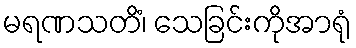
မရဏသတိံ၊ သေခြင်းကိုအာရုံ